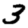
Digit: 3